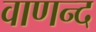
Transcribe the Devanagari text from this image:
वाणन्द